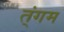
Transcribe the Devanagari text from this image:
त्ंगम